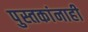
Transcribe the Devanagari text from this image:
पुस्तकांनाही